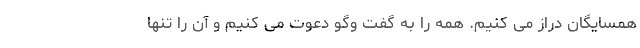
همسایگان دراز می کنیم. همه را به گفت وگو دعوت می کنیم و آن را تنها